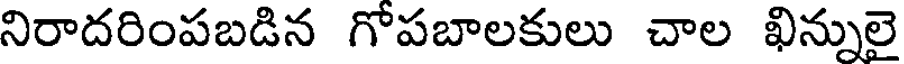
నిరాదరింపబడిన గోపబాలకులు చాల ఖిన్నులై